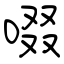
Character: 啜